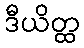
ဒီယိတ္ထ